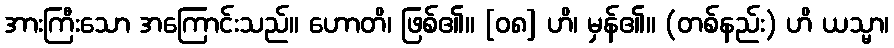
အားကြီးသော အကြောင်းသည်။ ဟောတိ၊ ဖြစ်၏။ [၀၈] ဟိ၊ မှန်၏။ (တစ်နည်း) ဟိ ယသ္မာ၊